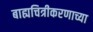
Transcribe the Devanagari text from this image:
बाह्यचित्रीकरणाच्या